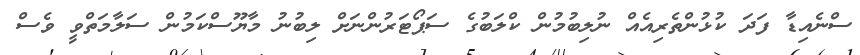
ސްނެއިޑާ ފަދަ ކުޅުންތެރިއެއް ނުލިބުމުން ކްލަބުގެ ސަޕޯޓަރުންނަށް ލިބުނު މާޔޫސްކަމުން ސަލާމަތްވީ ވެސް